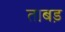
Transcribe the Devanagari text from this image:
ताबड़